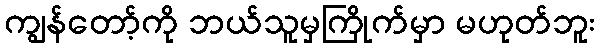
ကျွန်တော့်ကို ဘယ်သူမှကြိုက်မှာ မဟုတ်ဘူး